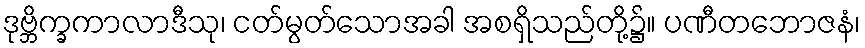
ဒုဗ္ဘိက္ခကာလာဒီသု၊ ငတ်မွတ်သောအခါ အစရှိသည်တို့၌။ ပဏီတဘောဇနံ၊